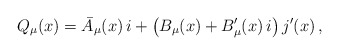
\begin{align*}Q_{\mu}(x) = \bar{A}_{\mu}(x)\,i + \left(B_{\mu}(x)+ B'_{\mu}(x)\,i\right) j'(x)\,,\end{align*}